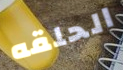
الحلقه